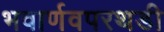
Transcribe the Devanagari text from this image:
भवार्णवपरथडी